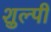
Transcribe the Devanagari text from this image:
शुल्पी